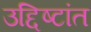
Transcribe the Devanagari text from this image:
उद्दिष्टांत